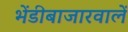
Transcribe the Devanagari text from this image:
भेंडीबाजारवालें